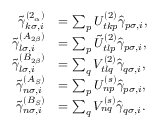
\begin{array} { r l } { \tilde { \gamma } _ { k \sigma , i } ^ { ( 2 _ { \alpha } ) } } & { = \sum _ { p } U _ { t k p } ^ { ( 2 ) } \hat { \gamma } _ { p \sigma , i } , } \\ { \tilde { \gamma } _ { l \sigma , i } ^ { ( A _ { 2 \beta } ) } } & { = \sum _ { p } \tilde { U } _ { t l p } ^ { ( 2 ) } \hat { \gamma } _ { p \sigma , i } , } \\ { \tilde { \gamma } _ { l \sigma , i } ^ { ( B _ { 2 \beta } ) } } & { = \sum _ { q } V _ { t l q } ^ { ( 2 ) } \hat { \gamma } _ { q \sigma , i } , } \\ { \tilde { \gamma } _ { n \sigma , i } ^ { ( A _ { S } ) } } & { = \sum _ { p } U _ { n p } ^ { ( s ) } \hat { \gamma } _ { p \sigma , i } , } \\ { \tilde { \gamma } _ { n \sigma , i } ^ { ( B _ { S } ) } } & { = \sum _ { q } V _ { n q } ^ { ( s ) } \hat { \gamma } _ { q \sigma , i } . } \end{array}